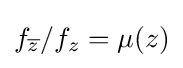
f_{\overline {z}}/f_{z}=\mu (z)